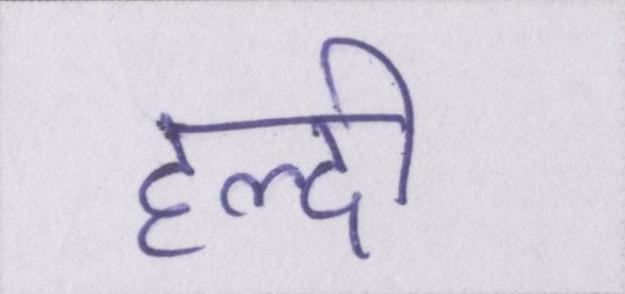
हल्दी